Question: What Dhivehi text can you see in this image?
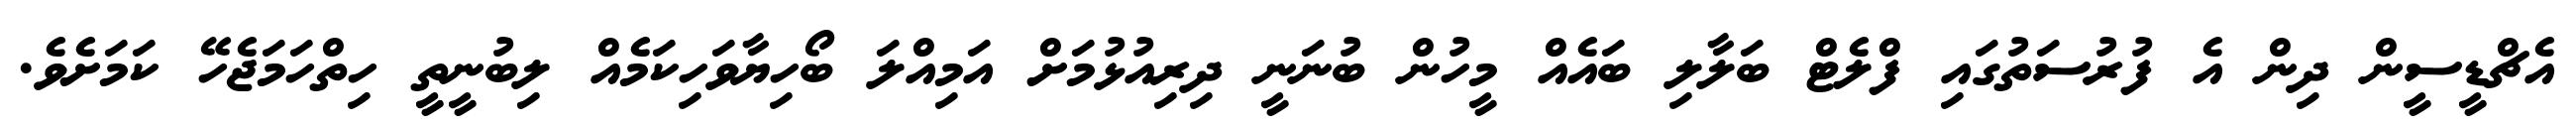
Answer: އެޗްޑީސީން ދިން އެ ފުރުސަތުގައި ފްލެޓް ބަލާލި ބައެއް މީހުން ބުނަނީ ދިރިއުޅުމަށް އަމިއްލަ ބޯހިޔާވަހިކަމެއް ލިބުނީތީ ހިތްހަމަޖެހޭ ކަމަށެވެ.